Medical and sanitary report of the native army of Bengal for the year
Year: 1875
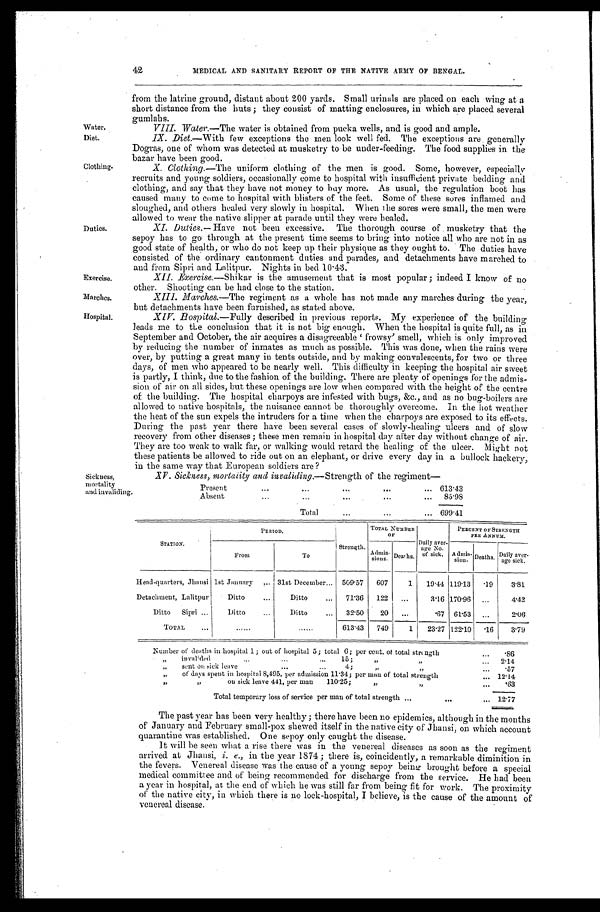
Diet
.
Clothing.
Exercise.
Marches.
Hospital.
Duties.
MEDICAL AND SANITARY REPORT OF THE NATIVE ARMY OF BENGAL.
from the latrine ground, distant about 200 yards. Small urinals are placed on each wing at a
short distance from the huts; they consist of matting enclosures, in which are placed several
gumlahs.
VIII. Water .—The water is obtained from pucka wells, and is good and ample.
IX. Diet.—With few exceptions the men look well fed. The exceptions are generally
Dogras, one of whom was detected at musketry to be under-feeding. The food supplies in
the bazar have been good.
X. Clothing.— The uniform clothing of the men is good. Some, however, especially
recruits and young soldiers, occasionally come to hospital with insufficient private bedding and
clothing, and say that they have not money to buy more. As usual, the regulation boot has
caused many to come to hospital with blisters of the feet. Some of these sores inflamed and
sloughed, and others healed very slowly in hospital. When the sores were small, the men were
allowed to wear the native slipper
at parade until they were healed.
XI. Duties.— Have not been excessive. The thorough course of musketry that the
sepoy has to go through at the present time seems to bring into notice all who are not in as
good state of health, or who do not keep up their physique as they ought to. The duties have
consisted of the ordinary cantonment duties and parades, and detachments have marched to
and from Sipri and Lalitpur. Nights in bed 10.43.
XII. Exercise.—Shikar is the amusement that is most popular; indeed I know of no
other. Shooting can be had close to the station.
XIII
. Marches.—The regiment as a whole has not made any marches during the year,
bu t detachments have been furnished, as stated above.
XIV. Hospital.—Fully described in previous reports. My experience of the building
leads me to the conclusion that it is not big enough. When the hospital is quite full, as in
September and October, the air acquires a disagreeable 'frowsy' smell, which is only improved
by reducing the number of inmates as much as possible. This was done, when the rains were
over, by putting a great many in tents outside, and by making convalescents, for two or three
days, of men who appeared to be nearly well. This difficulty in keeping the hospital air sweet
is partly, I think, due to the fashion of the building. There are plenty of openings for the admis
-sion of air on all sides, but these openings are low when compared with the height of the centre
of the building. The hospital charpoys are infested with bugs, &c., and as no bug-boilers are
allowed to native hospitals, the nuisance cannot be thoroughly overcome. In the hot weather
the heat of the sun expels the intruders for a time when the charpoys are exposed to its effects.
During the past year there have been several cases of slowly-healing ulcers and of slow
recovery from other diseases; these men remain in hospital day after day without change of air.
They are too weak to walk far, or walking would retard the healing of the ulcer. Might not
these patients be allowed to ride out on an elephant, or drive every day in a bullock hackery,
in the same way that Euronean soldiers are?
42
Sickness,
mortality
and invaliding.
Sickness, mortality and invaliding.— Strength of the regiment—
Present . . .
613.43
A b s e n t . . .
85.98
T o t a l . . .
699.41
S T A T I O N .
PERIOD.
Strength.
TOTAL NUMBER
OF
Daily aver-
age No.
of sick.
PEECENT OF STRENGTH
PER ANNUM.
From
To
Admis-
sions. Death s.
Admis- sion. Deaths. Daily aver-
age sick.
Head-quarters, Jhansi 1st January . . .
31st December . . . 509.57
607
1
19.44 119.13
. 1 9
3.81
Detachment, Lalitpur
Ditto . . .
Ditto . . .
71.36
122
. . .
3.16 170.96
. . .
4.42
Ditto Sipri . . .
Ditto . . .
Ditto . . .
32.50
20
. . .
.67
61.53
. . .
2.06
TOTAL . . .
. . .
. . . 613.43
749
1
23.27 122.10
. 1 6
3.79
Number of deaths in hospital 1; out of hospital 5; total 6; per cent. of total strength . . .
.86
" invalided . . .
15; " " . . .
2.14
" Sent on sick leave . . .4; " " . . .
.57
" of days spent in hospital 8,495, per admission 11.34; per man of total strength . . .
12.14
" " on sick leave 441, per man
110.25; " " . . .
.63
Total temporary loss of service per man of total strength . . .
12.77
The past year has been very healthy; there have been no epidemics, although in the months
of January and February small-pox shewed itself in the native city of Jhansi, on which account
quarantine was established. One sepoy only caught the disease.
It will be seen what a rise there was in the venereal diseases as soon as the regiment
arrived at Jhansi, i. e ., in the year 1874; there is, coincidently, a remarkable diminition in
the fevers. Venereal disease was the cause of a young sepoy being brought before a special
medical committee and of being recommended for discharge from the service. He had been
a year in hospital, at the end of which he was still far from being fit for work. The proximity
of the native city, in which there is no lock-hospital, I believe, is the cause of the amount of
venereal disease.